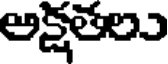
అక్షతలు